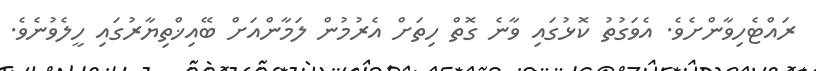
ރައްޓެހިވާންށެވެ. އެވަގުތު ކޮޅުގައި ވާނެ ގޮތް ހިތަށް އެރުމުން ލަމާންއަށް ބޭއިޚްތިޔާރުގައި ހީލެވުނެވެ.